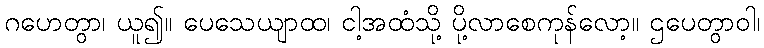
ဂဟေတွာ၊ ယူ၍။ ပေသေယျာထ၊ ငါ့အထံသို့ ပို့လာစေကုန်လော့။ ဌပေတွာဝါ၊